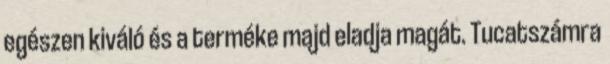
egészen kiváló és a terméke majd eladja magát. Tucatszámra